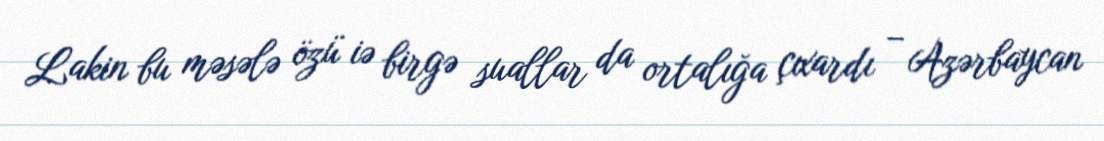
Lakin bu məsələ özü iə birgə suallar da ortalığa çıxardı – Azərbaycan